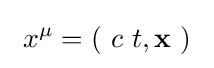
\ x^{\mu }=\left(\ c\ t,\mathbf {x} \ \right)~